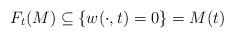
LaTeX: \begin{align*} F_t(M)\subseteq \{w(\cdot,t)=0\} = M(t)\end{align*}